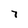
Character: 7